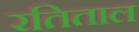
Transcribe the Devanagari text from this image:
रतिताल